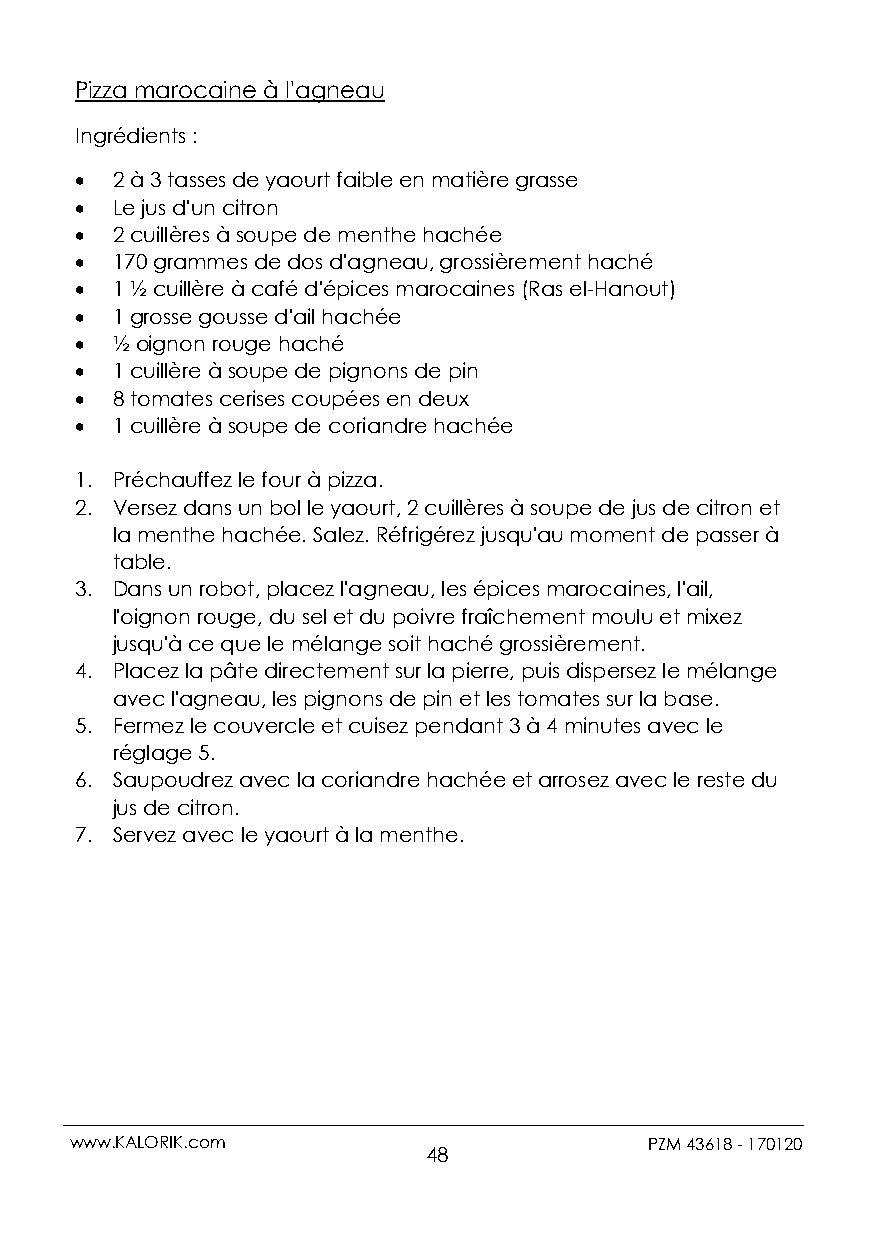
Pizza marocaine à l'agneau
 Ingrédients :
  2 à 3 tasses de yaourt faible en matière grasse
  Le jus d'un citron
  2 cuillères à soupe de menthe hachée
  170 grammes de dos d'agneau, grossièrement haché
  1 ½ cuillère à café d'épices marocaines (Ras el-Hanout)
  1 grosse gousse d'ail hachée
  ½ oignon rouge haché
  1 cuillère à soupe de pignons de pin
  8 tomates cerises coupées en deux
  1 cuillère à soupe de coriandre hachée
 1. Préchauffez le four à pizza.
 2. Versez dans un bol le yaourt, 2 cuillères à soupe de jus de citron et
 la menthe hachée. Salez. Réfrigérez jusqu'au moment de passer à
 table.
 3. Dans un robot, placez l'agneau, les épices marocaines, l'ail,
 l'oignon rouge, du sel et du poivre fraîchement moulu et mixez
 jusqu'à ce que le mélange soit haché grossièrement.
 4. Placez la pâte directement sur la pierre, puis dispersez le mélange
 avec l'agneau, les pignons de pin et les tomates sur la base.
 5. Fermez le couvercle et cuisez pendant 3 à 4 minutes avec le
 réglage 5.
 6. Saupoudrez avec la coriandre hachée et arrosez avec le reste du
 jus de citron.
 7. Servez avec le yaourt à la menthe.
 www.KALORIK.com                       PZM 43618 - 170120
 48